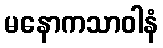
မနောကသာဝါနံ